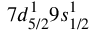
7 d _ { 5 / 2 } ^ { 1 } 9 s _ { 1 / 2 } ^ { 1 }